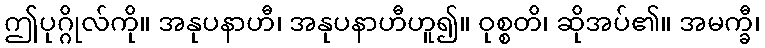
ဤပုဂ္ဂိုလ်ကို။ အနုပနာဟီ၊ အနုပနာဟီဟူ၍။ ဝုစ္စတိ၊ ဆိုအပ်၏။ အမက္ခီ၊